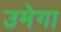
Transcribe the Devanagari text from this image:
उमेगा